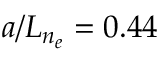
a / L _ { n _ { e } } = 0 . 4 4